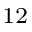
^ { 1 2 }